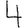
Digit: 4